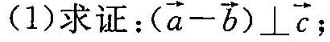
(1)求证： $$( \overrightarrow { a } - \overrightarrow { b } ) \bot \overrightarrow { c }$$;